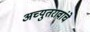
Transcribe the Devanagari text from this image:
अच्युतरावांचे